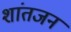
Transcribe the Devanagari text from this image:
शांतजन